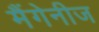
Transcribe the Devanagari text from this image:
मैंगेनीज